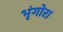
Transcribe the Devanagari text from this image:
भृंगोरा